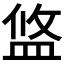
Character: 𥁮